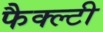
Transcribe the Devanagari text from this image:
फैक्ल्टी